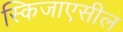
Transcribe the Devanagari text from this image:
स्किजाएसील